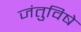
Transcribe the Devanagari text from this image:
जंतुविषे